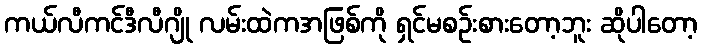
ကယ်လီကင်ဒီလီဂျို လမ်းထဲကအဖြစ်ကို ရှင်မစဉ်းစားတော့ဘူး ဆိုပါတော့